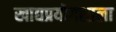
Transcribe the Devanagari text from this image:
खाद्यप्रयोगशाला